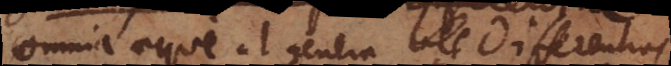
omnia aeque ut genera vel differentias